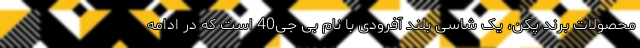
محصولات برند پکن، یک شاسی بلند آفرودی با نام بی جِی40 است که در ادامه